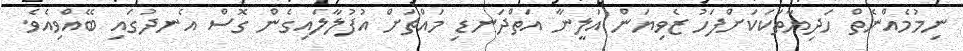
ނިމުމެއްނެތް ހަދިޔާތަކަކަށްފަހު ޒެވިޔަން އަލީނާ އަތްދަނޑި މައްޗަށް އުފުލާލައިގެން ގޮސް އެނދުގައި ބޭއްވިއެވެ.